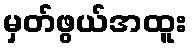
မှတ်ဖွယ်အထူး